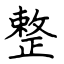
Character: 整